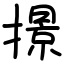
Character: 撔